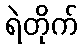
ရဲတိုက်